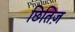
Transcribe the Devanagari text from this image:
छितिज़